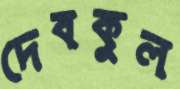
দেবকুল